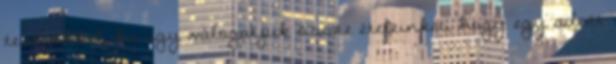
testünkkel, ha úgy válogatjuk össze ételeinket, hogy egy adott